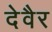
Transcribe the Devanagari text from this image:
देवैर